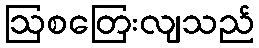
ဩစတြေးလျသည်